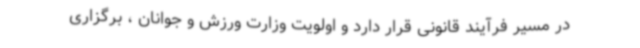
در مسیر فرآیند قانونی قرار دارد و اولویت وزارت ورزش و جوانان ، برگزاری